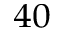
^ { 4 0 }